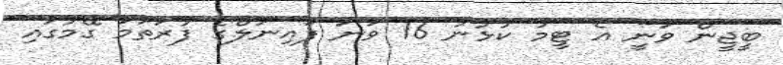
ބީޖީން ވަނީ އެ ޓީމު ކުޅުނު 16 ވަނަ ފައިނަލްގެ ފުރަތަމަ ގޭމުގައި